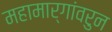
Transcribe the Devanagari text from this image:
महामार्गांवरुन